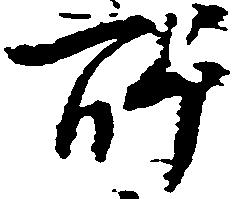
所